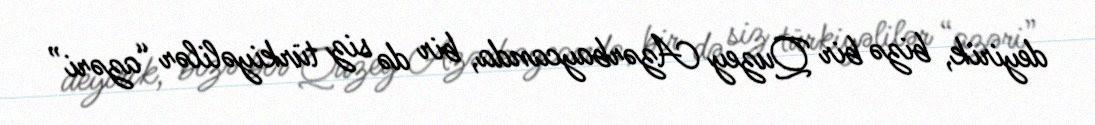
deyirik, bizə bir Quzey Azərbaycanda, bir də siz türkiyəlilər “azəri”